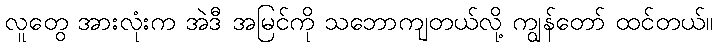
လူတွေ အားလုံးက အဲဒီ အမြင်ကို သဘောကျတယ်လို့ ကျွန်တော် ထင်တယ်။